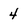
Character: 4